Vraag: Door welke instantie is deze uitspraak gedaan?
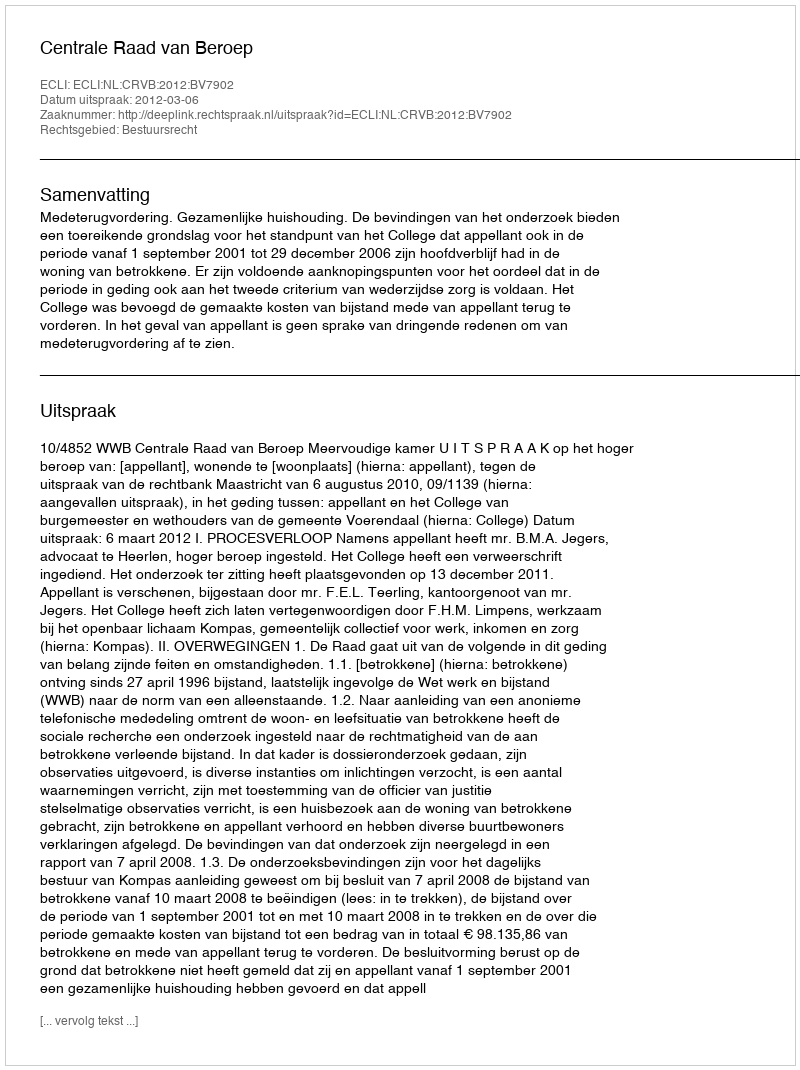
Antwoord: Centrale Raad van Beroep